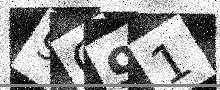
Text: 9G91